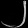
Digit: ၂